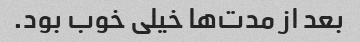
بعد از مدت‌ها خیلی خوب بود.